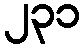
၂၃၁